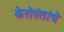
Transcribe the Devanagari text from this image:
केरोपंतांचे